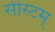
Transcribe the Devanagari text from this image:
सीस्टम्